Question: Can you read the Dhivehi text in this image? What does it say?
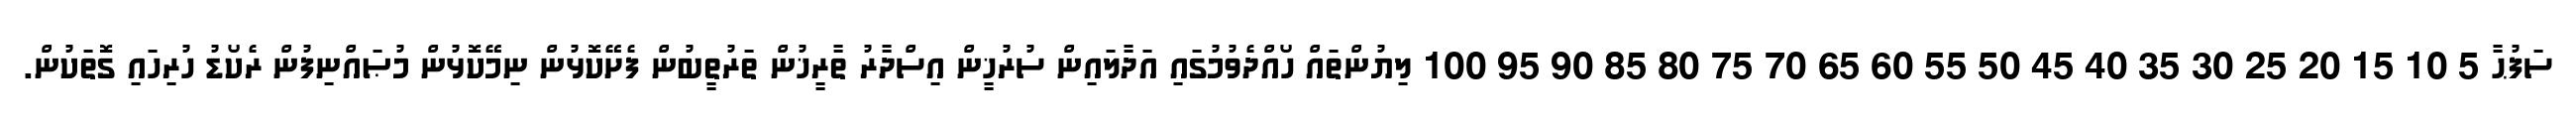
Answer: ސަފުޙާ 5 10 15 20 25 30 35 40 45 50 55 60 65 70 75 80 85 90 95 100 ލިޔުންތައް ހޯއްދެވުމުގައި އަދާލައިން ސުރުޚީން އިސްދާރު ތާރީޚުން ތަރުތީބުން ފެށޭކޮޅުން ނިމޭކޮޅުން މުޞައްނިފުން ރެކޯޑު ހުރިހައި ގޮތަކުން.